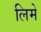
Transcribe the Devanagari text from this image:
लिमे